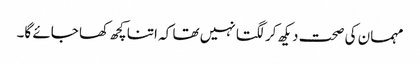
مہمان کی صحت دیکھ کر لگتا نہیں تھا کہ اتنا کچھ کھا جائے گا۔